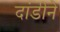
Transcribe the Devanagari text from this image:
दांडीने